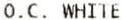
O.C. WHITE